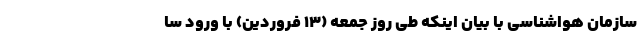
سازمان هواشناسی با بیان اینکه طی روز جمعه (۱۳ فروردین) با ورود سا